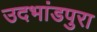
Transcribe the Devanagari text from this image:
उदभांडपुरा